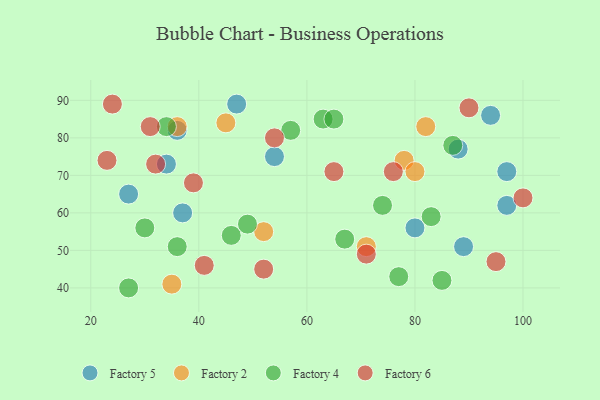
{"axis": {"x": "GDP", "y": "Life Expectancy"}, "legend": ["Factory 2", "Factory 4", "Factory 5", "Factory 6"], "data": [{"x": "54", "y": 75, "type": "Factory 5"}, {"x": "47", "y": 89, "type": "Factory 5"}, {"x": "37", "y": 60, "type": "Factory 5"}, {"x": "27", "y": 65, "type": "Factory 5"}, {"x": "97", "y": 62, "type": "Factory 5"}, {"x": "97", "y": 71, "type": "Factory 5"}, {"x": "94", "y": 86, "type": "Factory 5"}, {"x": "88", "y": 77, "type": "Factory 5"}, {"x": "34", "y": 73, "type": "Factory 5"}, {"x": "89", "y": 51, "type": "Factory 5"}, {"x": "36", "y": 82, "type": "Factory 5"}, {"x": "80", "y": 56, "type": "Factory 5"}, {"x": "78", "y": 74, "type": "Factory 2"}, {"x": "82", "y": 83, "type": "Factory 2"}, {"x": "35", "y": 41, "type": "Factory 2"}, {"x": "52", "y": 55, "type": "Factory 2"}, {"x": "80", "y": 71, "type": "Factory 2"}, {"x": "36", "y": 83, "type": "Factory 2"}, {"x": "45", "y": 84, "type": "Factory 2"}, {"x": "71", "y": 51, "type": "Factory 2"}, {"x": "63", "y": 85, "type": "Factory 4"}, {"x": "30", "y": 56, "type": "Factory 4"}, {"x": "34", "y": 83, "type": "Factory 4"}, {"x": "77", "y": 43, "type": "Factory 4"}, {"x": "57", "y": 82, "type": "Factory 4"}, {"x": "83", "y": 59, "type": "Factory 4"}, {"x": "74", "y": 62, "type": "Factory 4"}, {"x": "46", "y": 54, "type": "Factory 4"}, {"x": "65", "y": 85, "type": "Factory 4"}, {"x": "67", "y": 53, "type": "Factory 4"}, {"x": "36", "y": 51, "type": "Factory 4"}, {"x": "85", "y": 42, "type": "Factory 4"}, {"x": "27", "y": 40, "type": "Factory 4"}, {"x": "49", "y": 57, "type": "Factory 4"}, {"x": "87", "y": 78, "type": "Factory 4"}, {"x": "31", "y": 83, "type": "Factory 6"}, {"x": "54", "y": 80, "type": "Factory 6"}, {"x": "90", "y": 88, "type": "Factory 6"}, {"x": "71", "y": 49, "type": "Factory 6"}, {"x": "41", "y": 46, "type": "Factory 6"}, {"x": "65", "y": 71, "type": "Factory 6"}, {"x": "24", "y": 89, "type": "Factory 6"}, {"x": "32", "y": 73, "type": "Factory 6"}, {"x": "76", "y": 71, "type": "Factory 6"}, {"x": "95", "y": 47, "type": "Factory 6"}, {"x": "39", "y": 68, "type": "Factory 6"}, {"x": "23", "y": 74, "type": "Factory 6"}, {"x": "52", "y": 45, "type": "Factory 6"}, {"x": "100", "y": 64, "type": "Factory 6"}]}